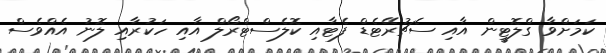
ކަމަށްވާ ގްލޮޓީން އާއި ސެޗުރޭޓެޑް ފެޓާއި ކޮލެސްޓްރޯލް އާއި ހަކުރާއި ލޮނު އެއްވެސް